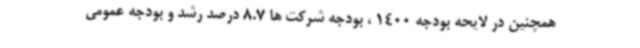
همچنین در لایحه بودجه 1400 ، بودجه شرکت ها 8.7 درصد رشد و بودجه عمومی